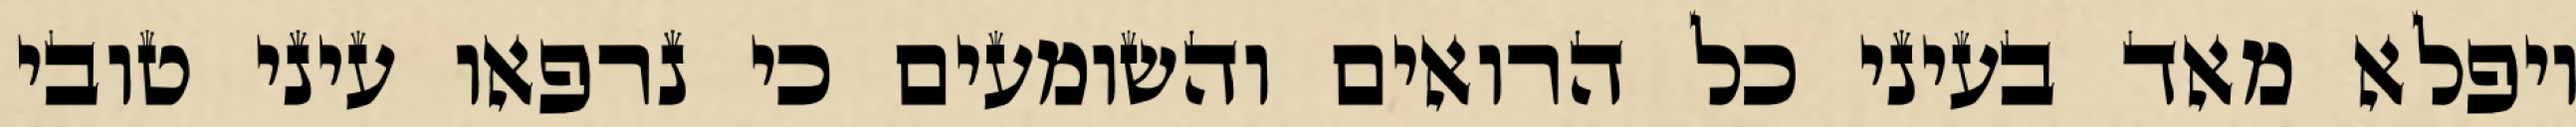
ויפלא מאד בעיני כל הרואים והשומעים כי נרפאו עיני טובי